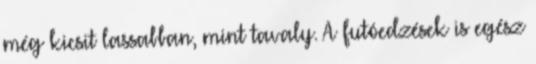
még kicsit lassabban, mint tavaly. A futóedzések is egész